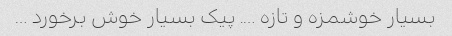
بسیار خوشمزه و تازه …. پیک بسیار خوش برخورد …